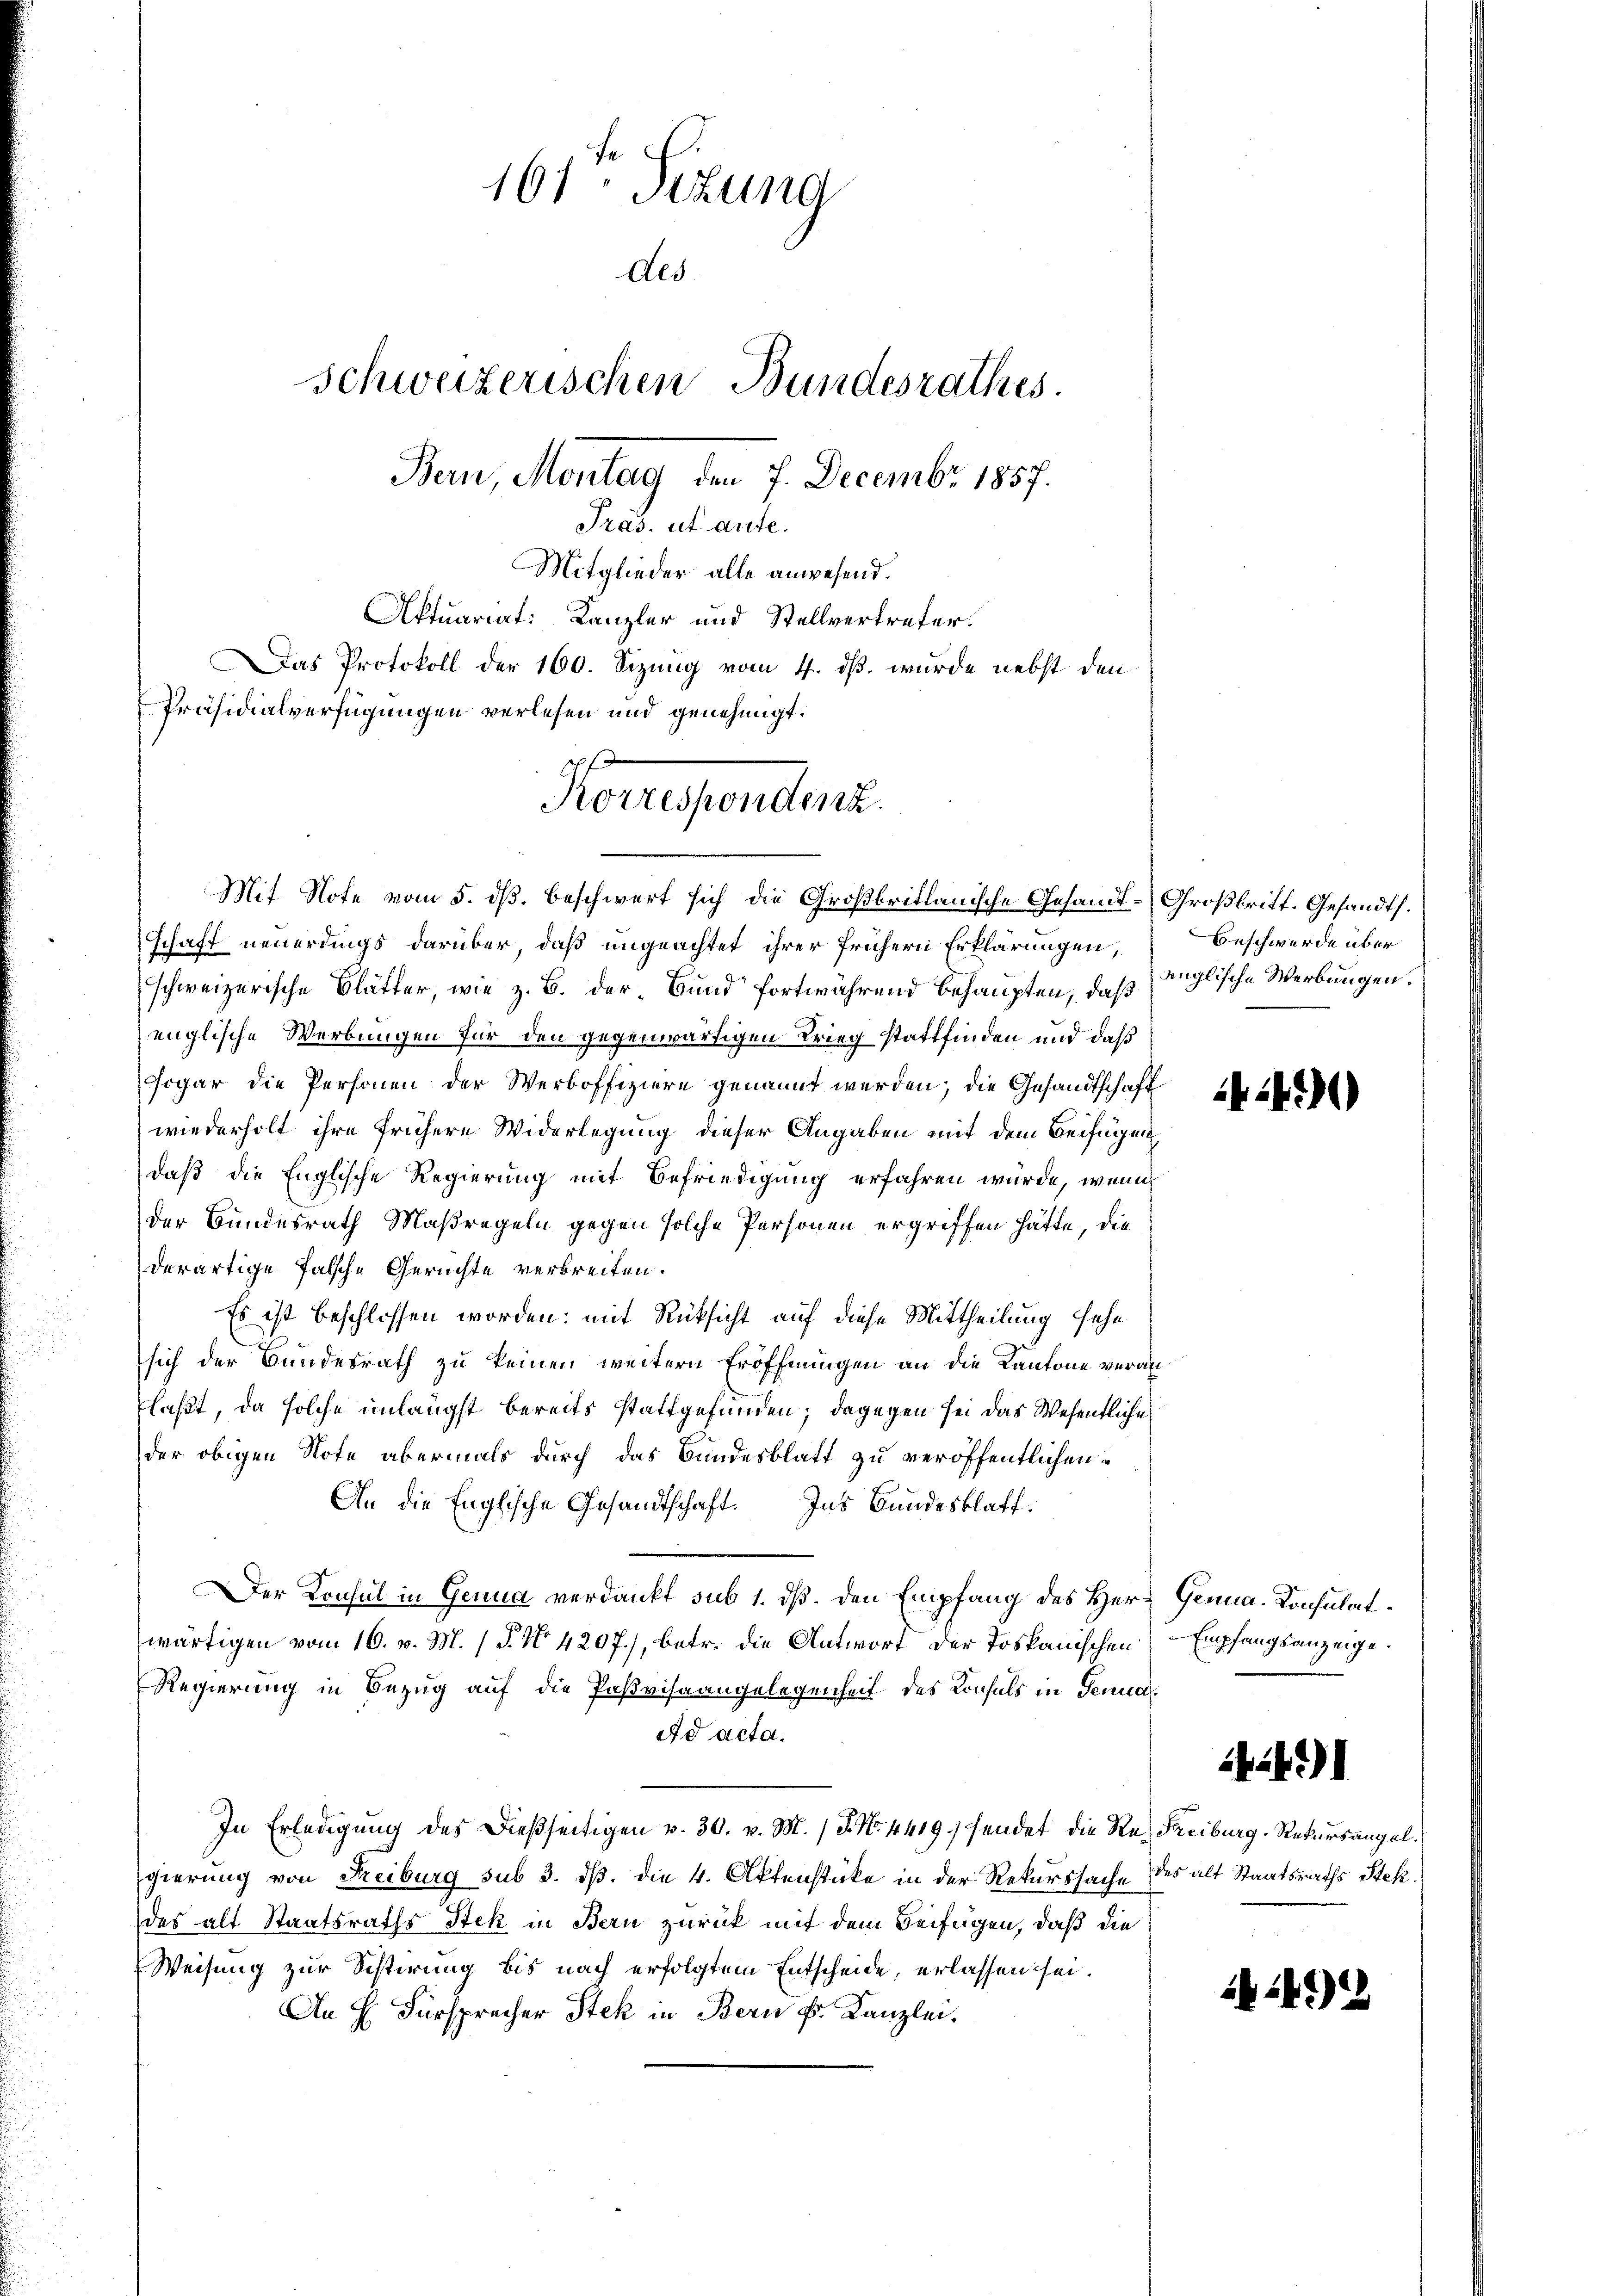
161 Sizung
Als
Schweizerischen Bundesrathes.
Bern, Montag den 7. Decembr. 1857.
Pras, ut aute.
Mitglieder alle anwesend.
Aktuariat: Kanzler und Stellvertreter.
Das Protokoll der 160. Sizung vom 4. ds. wurde nebst den
Präsidialverfügungen verlesen und genehmigt.
f

Mit Note vom 5. ds. beschwert sich die Großbrittanische Gesandt-Großbritt. Gesandts.
schaft neuerdings darüber, daß ungeachtet ihrer frühern Erklärungen,
schweizerische Blätter, wie z. B. der Bund fortwährend behaupten, daß englische Werbungen.
englische Werbungen für den gegenwärtigen Krieg stattfinden und daß
Jogar die Personen der Werboffiziere genannt werden; die Gesandtschaft
wiederholt ihre frühere Widerlegung dieser Angaben mit dem Beifügung
daß die Englische Regierung mit Befriedigung erfahren würde, wenn
der Bundesrath Maßregeln gegen solche Personen ergriffen hätte, die
derartige falsche Gerichte verbreiten.
Es ist beschlossen worden: mit Rücksicht auf diese Mittheilung sehe
sich der Bundesrath zu keinen weitern Eröffnungen an die Kantone veranlaßt, da solche unlängst bereits stattgefunden; dagegen sei das Wesentliche
der obigen Note abermals durch das Bundesblatt zu veröffentlichen
An die Englische Gesandtschaft. Ins Bundesklaff
Der Konsul in Genua verdankt sub 1. dß. Den Empfang des Herr Genua-Konsulatwärtigen vom 16. v. M. (§. No. 4297), betr. die Antwort der Toskanischen Empfangsanzeige.
Regierung in Bezug auf die Paßvisaangelegenheit des Konsuls in Genua¬
Ad acta.
In Erledigung des dießseitigen v. 30. v. M. J. N. 4419) sendet die Re-Freiburg, Rekursangel.
gierung von Freiburg sub 3. dß. die 4. Aktenstücke in der Rekurssache des alt Staatsraths Stekdes alt Staatsraths Stek in Bern zurück mit dem Beifügen, daß die
Weisung zur Schirung bis nach erfolgtem Entscheide, erlassen sei.
An H. Fürsprecher Stek in Bern Fr. Kanzlei.

Korrespondenz.

Beschwerde über

24)

144)

24.)